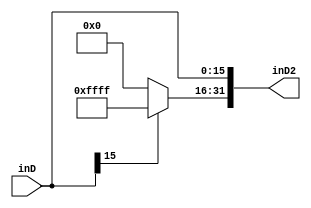
module signextension(inD,inD2);
input[15:0] inD;
output [31:0] inD2;

	assign inD2[31:16]=(inD[15])?16'hffff:16'h0000;
	assign inD2[15:0]=inD;

endmodule